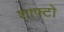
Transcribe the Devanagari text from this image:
शाफ्टो